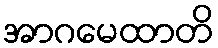
အာဂမေထာတိ